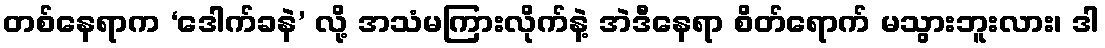
တစ်နေရာက ‘ဒေါက်ခနဲ’ လို့ အသံမကြားလိုက်နဲ့ အဲဒီနေရာ စိတ်ရောက် မသွားဘူးလား၊ ဒါ